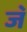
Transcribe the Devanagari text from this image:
ज॓